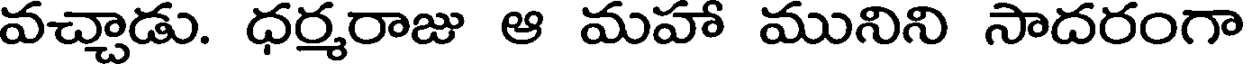
వచ్చాడు. ధర్మరాజు ఆ మహా మునిని సాదరంగా